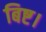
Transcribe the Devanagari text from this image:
बिष्ट।